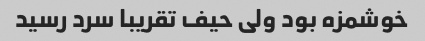
خوشمزه بود ولی حیف تقریبا سرد رسید